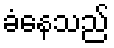
ခံနေသည်